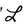
Character: L